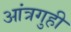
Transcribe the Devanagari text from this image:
आंत्रगुही